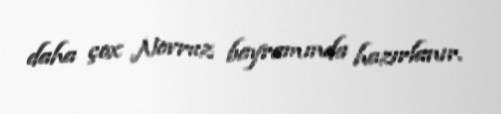
daha çox Novruz bayramında hazırlanır.